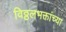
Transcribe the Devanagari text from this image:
विठ्ठलभक्तांच्या